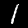
Digit: 1